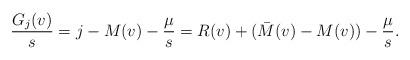
LaTeX: \begin{align*}\frac{G_j(v)}{s} = j - M(v) - \frac{\mu}{s} = R(v) + ({\bar M}(v) - M(v)) - \frac{\mu}{s}.\end{align*}